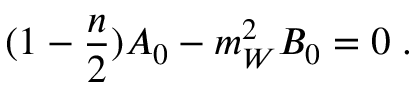
( 1 - \frac { n } { 2 } ) A _ { 0 } - m _ { W } ^ { 2 } B _ { 0 } = 0 \; .